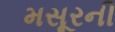
મસૂરની